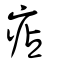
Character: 痁